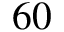
6 0